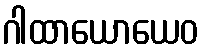
ဂါထာယောယေဝ